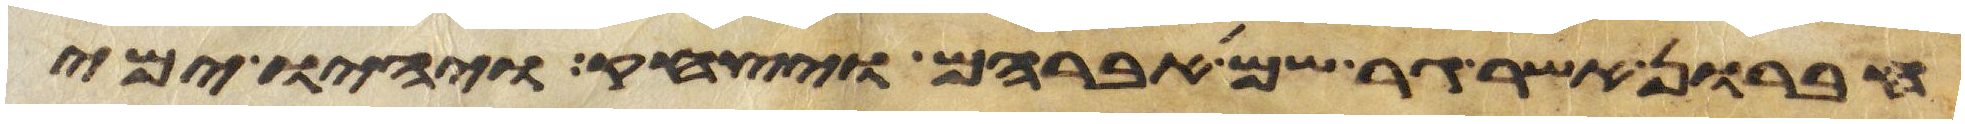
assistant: חברון אשר גר שם אברהם ויצחק ויהיו ימי